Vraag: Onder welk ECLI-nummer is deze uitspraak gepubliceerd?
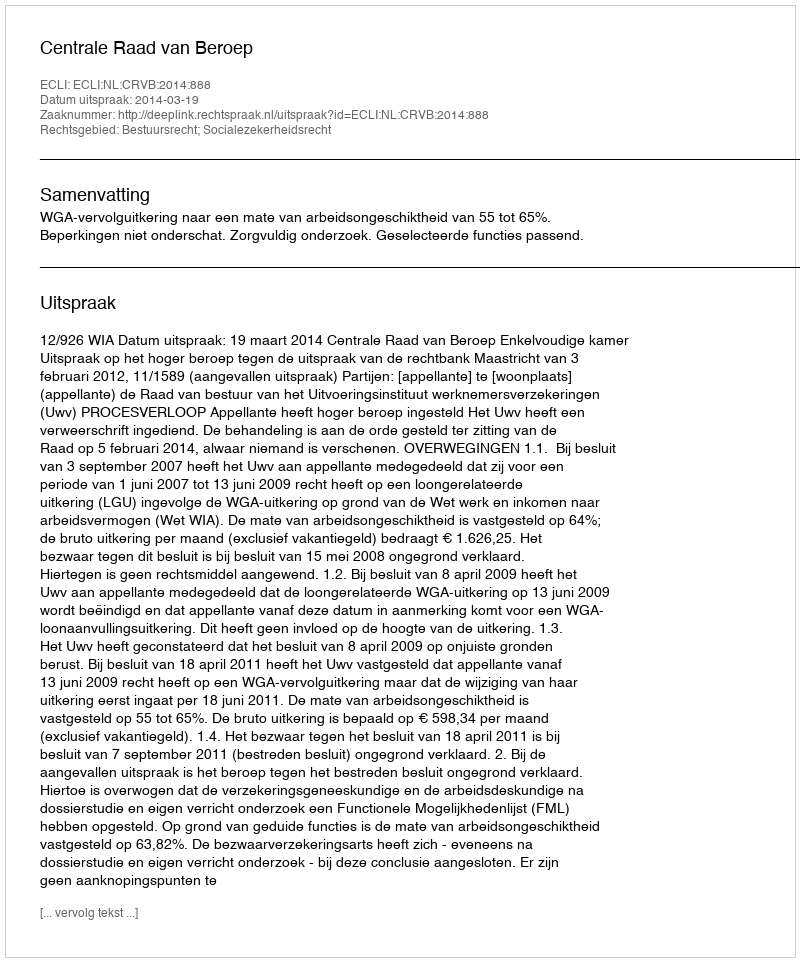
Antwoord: ECLI:NL:CRVB:2014:888